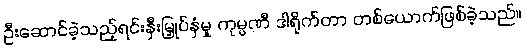
ဦးဆောင်ခဲ့သည့်ရင်းနှီးမြှုပ်နှံမှု ကုမ္ပဏီ ဒါရိုက်တာ တစ်ယောက်ဖြစ်ခဲ့သည်။